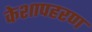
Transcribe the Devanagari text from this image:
केशापहरण